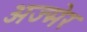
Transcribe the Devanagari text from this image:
अज्मेर